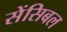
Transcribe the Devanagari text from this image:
सेंसिबल